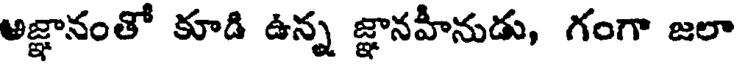
అజ్ఞానంతో కూడి ఉన్న జ్ఞానహీనుడు, గంగా జలా